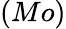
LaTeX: (Mo)